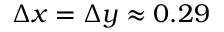
\Delta x = \Delta y \approx 0 . 2 9